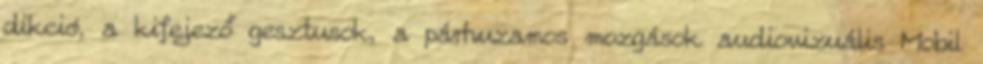
dikció, a kifejező gesztusok, a párhuzamos mozgások audiovizuális Mobil